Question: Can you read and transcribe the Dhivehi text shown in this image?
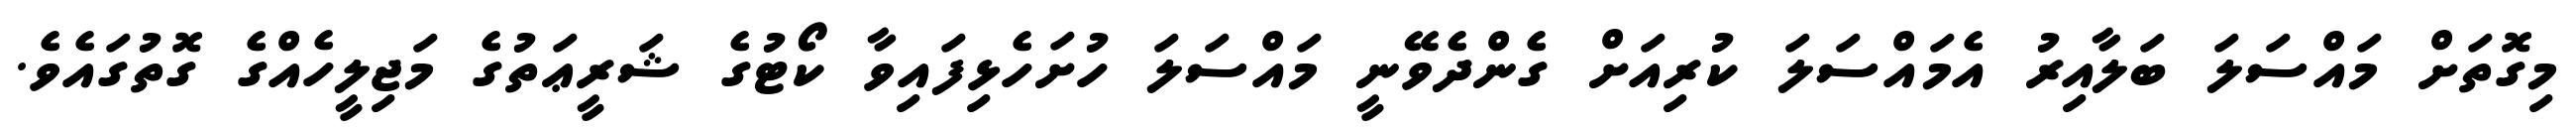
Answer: މިގޮތަށް މައްސަލަ ބަލާއިރު އެމައްސަލަ ކުރިއަށް ގެންދެވޭނީ މައްސަލަ ހުށަހެޅިފައިވާ ކޯޓުގެ ޝަރީޢަތުގެ މަޖިލީހެއްގެ ގޮތުގައެވެ.